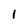
Character: l